Annual report on the lock hospitals of the Madras Presidency
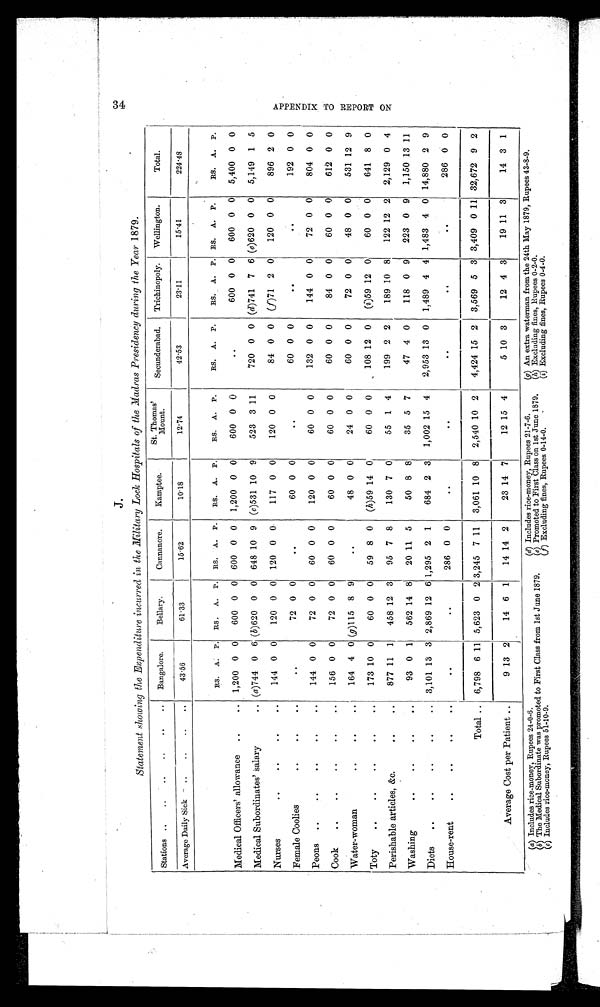
J.
Statement showing the Expenditure incurred in the Military Lock Hospitals of the Madras Presidency during the Year 1879.
Stations
Bangalore.
Bellary.
Cannanore.
Kamptee.
St.Thomas'
Mount.
Secunderabad.
Trichinopoly.
Wellington.
Total.
Average Daily Sick
43.56
61.33
15.62
10.18
12.74
42.53
23.11
15.41
224.48
Rs. A. P. RS. A. P.
RS. A. P.
RS. A. P.
RS. A. P.
RS. A. P.
RS. A. P. RS. A. P.
RS. A. P.
Medical Officers' allowance
1,200 0 0
600 0 0
600 0 0
1,200 0 0
600 0 0
. .
600 0 0
600 0 0
5,400 0 0
Medical Subordinates' salary
(a)744 0 6 ( b )620 0 0
648 10 9 (c)531 10 9
523 3 11
720 0 0 (d)741 7 6 (e)620 0 0
5,149 1 5
Nurses
144 0 0
120 0 0
120 0 0
117 0 0
120 0 0
84 0 0
(f)71 2 0
120 0 0
896 2 0
Female Coolies
. . .
72 0 0
60 0 0
. .
60 0 0
. .
. .
192 0 0
Peons
144 0 0
72 0 0
60 0 0
120 0 0
60 0 0
132 0 0
144 0 0
72 0 0
804 0 0
Cook
156 0 0
72 0 0
60 0 0
60 0 0
60 0 0
60 0 0
84 0 0
60 0 0
612 0
Water-woman
164 4 0 (g)115 8 9
. .
48 0 0
24 0 0
60 0 0
72 0 0
48 0 0
531 12 9
Toty
173 10 0
60 0 0
59 8 0
(h)59 14
0
60 0 0
108 12 0
(i)59 12 0
60 0 0
641 8 0
Perishable articles, &amp;c.
877 11 1
458 12 3
95 7 8
130 7 0
55 1 4
199 2 2
189 10 8
122 12 2
2,129 0 4
Washing
93 0 1
562 14 8
20 11 5
50 8 8
35 5 7
47 4 0
118 0 9
223 0 9
1,150 13 11
Diets
3,101 13 3 2,869 12 6 1,295 2 1
684 2 3
1,002 15 4
2,953 13 0
1,489 4 4 1,483 4 0 14,880 2 9
House-rent
. .
. .
286 0 0
. .
. .
. .
. .
. .
286 0 0
Total ..
6,798 6 11 5,623 0 2 3,245 7
1 1 3,061 10 8
2,540 10 2
4,424 15 2
3,569 5 3 3,409 0 11 32,672 9 2
Average Cost per Patient ..
9 13 2
14 6 1
14 14 2
23 14 7
12 15 4
5 10 3
12 4 3
19 11 3
14 3 1
A P P E N D I X T O R E P O R T O N
(a) Includes rice-money, Rupees 24-0-6.
(b) The Medical Subordinate was promoted to First Class from 1st June 1879.
(c) Includes rice-money, Rupees 51-10-9.
(d) Includes rice-money, Rupees 21-7-6.
(e)
Promoted to First Class on 1st June 1879.
(f) Excluding fines, Rupees 0-14-0.
(g) An extra waterman from the 24th May 1879, Rupees 43-8-9.
(h) Excluding fines, Rupees 0-2-0.
(i)
Excluding fines, Rupees 0-4-0.